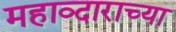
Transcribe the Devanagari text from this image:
महाव्दाराच्या